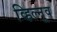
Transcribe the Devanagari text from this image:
व्हिल्नूव